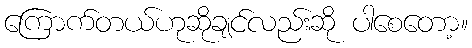
ကြောက်တယ်ဟုဆိုချင်လည်းဆို ပါစေတော့။